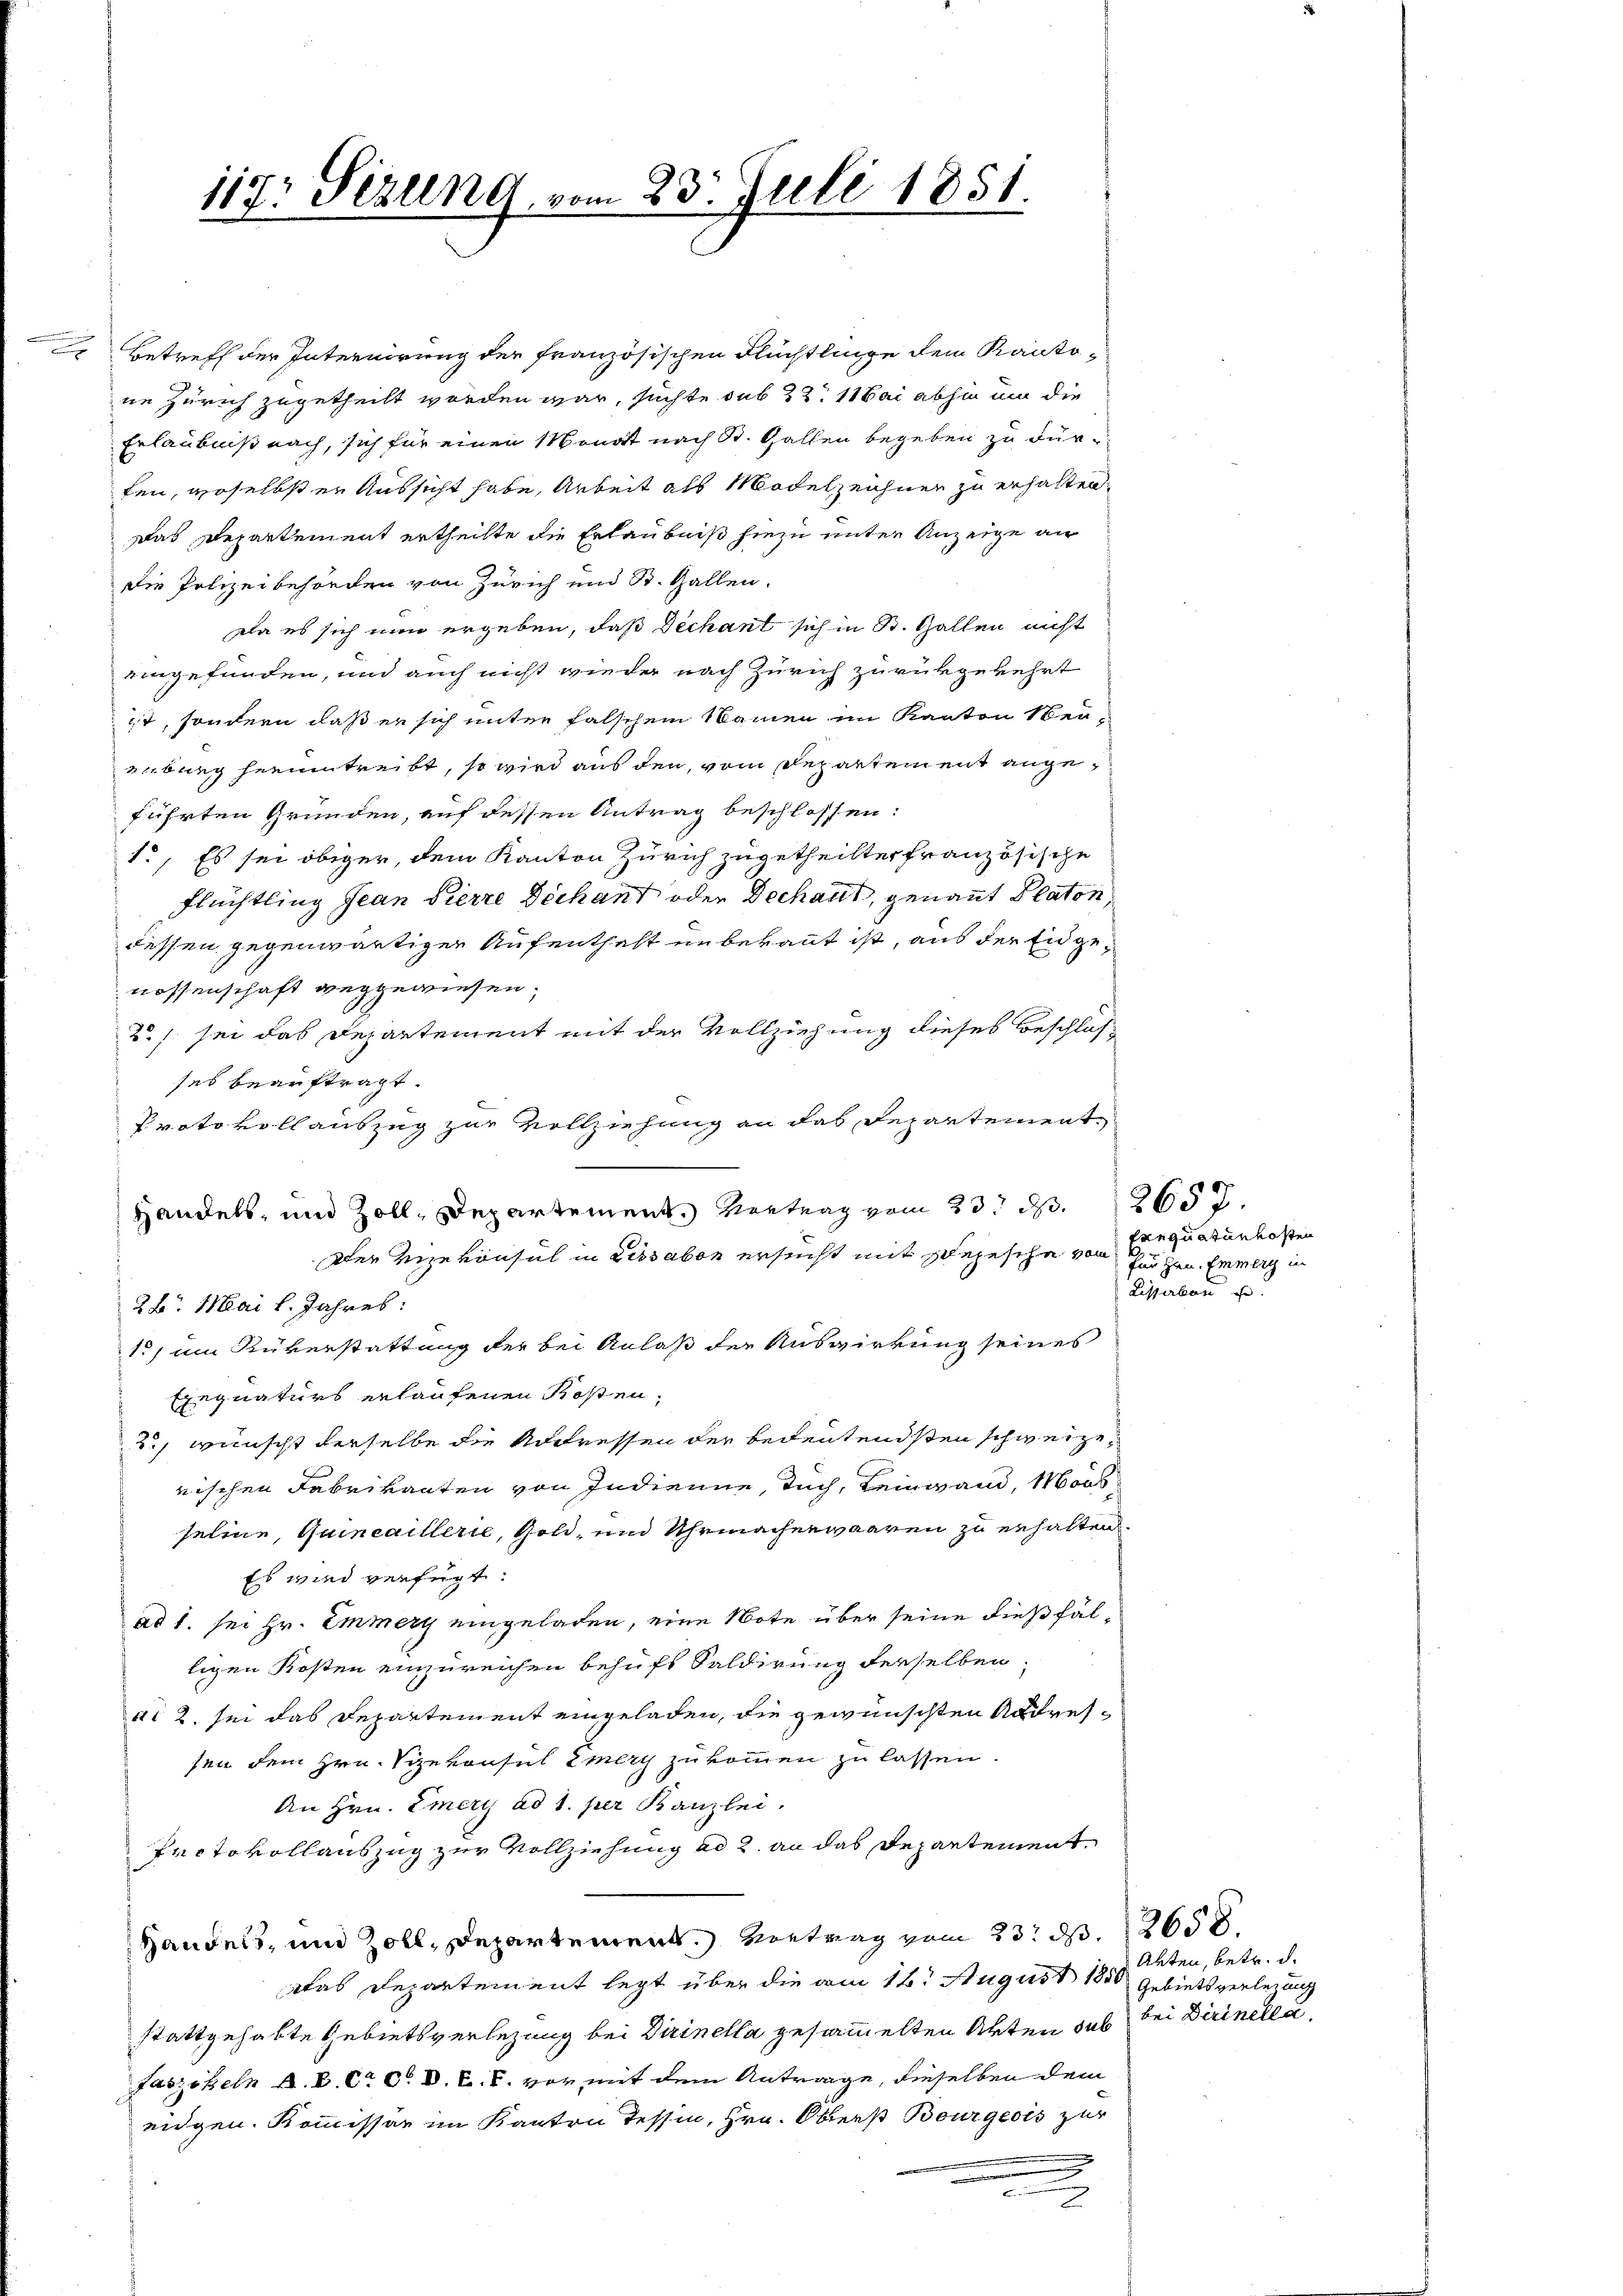
.
e

117: Sezung vom 23. Juli 1851.

Betreff der Internirung der französischen Flüchtlinge dem Kantone Zürich zugetheilt worden war, suchte sub 22. Mai abhin um die
Erlaubniß nach, sich für einen Monat nach St. Gallen begeben zu dürfen, woselbst er Aussicht habe, Arbeit als Modelzeichnen zu erhalten.
Das Departement ertheilte die Erlaubniß hiezu unter Anzeige an
die Polizeibehörden von Zürich und St. Gallen.
Da es sich nun ergeben, daß Dechant sich in St. Gallen nicht
eingefunden, und auch nicht wieder nach Zürich zurükgekehrt
ist, sondern daß er sich unter falschem Namen im Kanton Neu-
eiburg herumtreibt, so wird aus den vom Departement angeführten Grunden, auf dessen Antrag beschlossen:
1., Es sei obiger, dem Kanton Zürich zugetheilter französische
Flüchtling Jean Pierre Dechant oder Dechant, genannt Platon,
dessen gegenwärtiger Aufenthalt unbekannt ist, aus der Eidgenossenschaft weggewiesen.
2) sei das Departement mit der Vollziehung dieses Beschlos
ses beauftragt.
Protokollauszug zur Vollziehung an das Departement

Handels- und Zoll, Departement. Vertrag vom 23. ds.
Der Vizekonsul in Lissabon ersucht mit Depesche von Einquaturkosten
26. Mai l. Jahres:
1., um Rükerstattung der bei Anlaß der Auswirkung seines
tregnaturs erlaufenen Rosen,
t
2., wünscht derselbe die Andressen der bedeutendsten schweizerischen Fabrikanten von Indienue, Tuch, Reinwand, Moos
seline, Quincaillerie, Gold- und Uhrmachenwaaren zu erhalten.
Es wird verfügt:
ad 1. sei Hr. Emmer eingeladen, eine Note über seine dießfälligen Kosten einzureichen behuff Saldirung derselben
ni 2, sei das Departement eingeladen, die gewünschten Andressen dem Hrn. Sizekonsul Emery zukommen zu lassen.
An Hrn. Emery ad 1. per Kanzlei.
Protokollauszug zur Vollziehung ad 2. an das Departement
Handels, und Zoll, Departement. Vortrag vom 23. d. 265.
Das Departement legt über die am 16t August 1880 Gebiets verlesung
stattgehabte Gebietsverletzung bei Dirinella gesammelten Akten sub bei Dirinella,
Faszikeln A. B. C. C. D. C. c. vor mit dem Antrage, dieselben dem
eidgen. Kommissar im Kanton Tessin, Hrn. Oberst Bourgeois zur
2

2657.
Panzen. Emmerg in
Listerben so

Akten, betr. d.